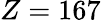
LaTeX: Z=167